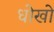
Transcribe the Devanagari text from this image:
धोखो